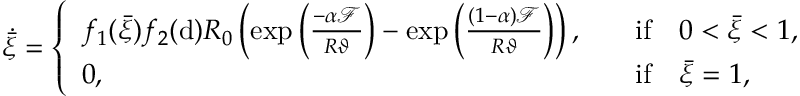
\dot { \bar { \xi } } = \left\{ \begin{array} { l l } { f _ { 1 } ( \bar { \xi } ) f _ { 2 } ( \mathrm { d } ) R _ { 0 } \left( \exp \left( \frac { - \alpha \mathcal { F } } { R \vartheta } \right) - \exp \left( \frac { ( 1 - \alpha ) \mathcal { F } } { R \vartheta } \right) \right) , } & { \quad \mathrm { i f } \quad 0 < \bar { \xi } < 1 , } \\ { 0 , } & { \quad \mathrm { i f } \quad \bar { \xi } = 1 , } \end{array} \right.